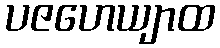
ပဇဟေယျာထ